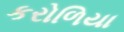
કરોળિયા